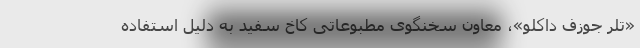
«‌تلر جوزف داکلو»، معاون سخنگوی مطبوعاتی کاخ سفید به دلیل استفاده